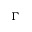
\Gamma